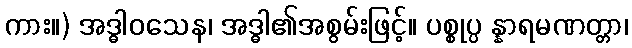
ကား။) အဒ္ဓါဝသေန၊ အဒ္ဓါ၏အစွမ်းဖြင့်။ ပစ္စုပ္ပ န္နာရမဏတ္တာ၊